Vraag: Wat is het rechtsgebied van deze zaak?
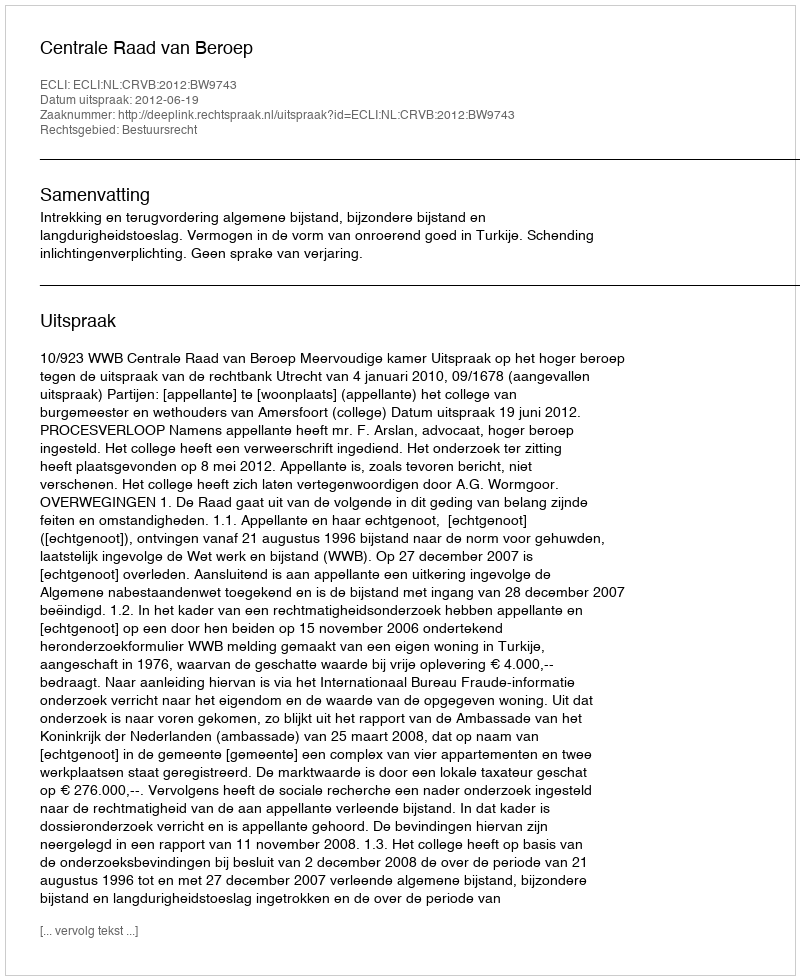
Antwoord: Bestuursrecht